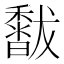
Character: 𥣣